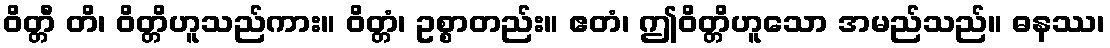
ဝိတ္တီ တိ၊ ဝိတ္တိဟူသည်ကား။ ဝိတ္တံ၊ ဥစ္စာတည်း။ ဧတံ၊ ဤဝိတ္တိဟူသော အမည်သည်။ ဓနဿ၊